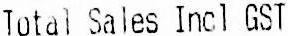
TOTAL SALES INCL GST